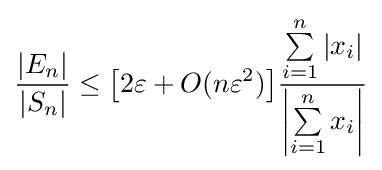
{\frac {|E_{n}|}{|S_{n}|}}\leq {\big [}2\varepsilon +O(n\varepsilon ^{2}){\big ]}{\frac {\sum \limits _{i=1}^{n}|x_{i}|}{\left|\sum \limits _{i=1}^{n}x_{i}\right|}}